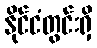
နိုင်ငံတွင်းရှိ